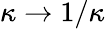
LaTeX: \kappa\rightarrow 1/\kappa